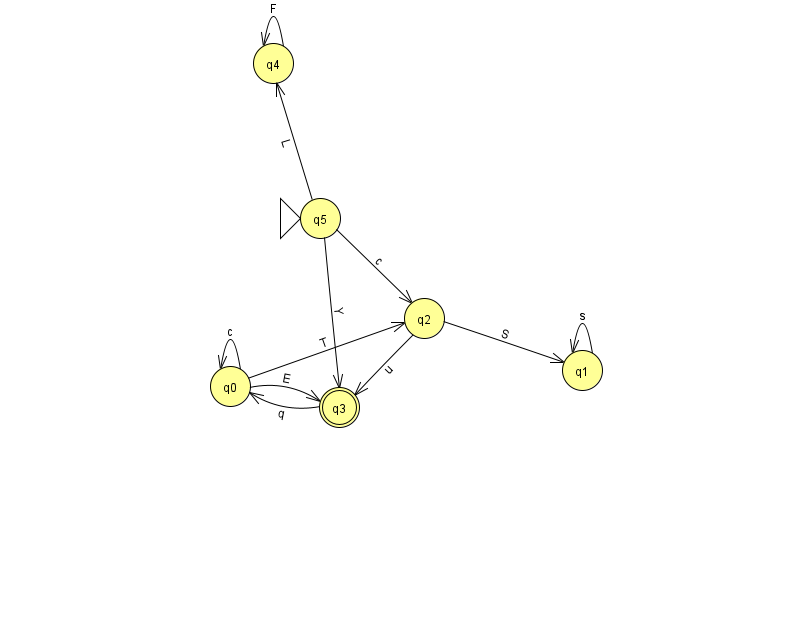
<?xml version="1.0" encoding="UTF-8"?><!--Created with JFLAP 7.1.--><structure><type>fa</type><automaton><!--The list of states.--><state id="0" name="q0"><x>230.0</x><y>373.0</y></state><state id="1" name="q1"><x>582.0</x><y>357.0</y></state><state id="2" name="q2"><x>424.0</x><y>305.0</y></state><state id="3" name="q3"><x>339.0</x><y>394.0</y><final/></state><state id="4" name="q4"><x>273.0</x><y>50.0</y></state><state id="5" name="q5"><x>320.0</x><y>205.0</y><initial/></state><!--The list of transitions.--><transition><from>5</from><to>2</to><read>c</read></transition><transition><from>0</from><to>0</to><read>c</read></transition><transition><from>1</from><to>1</to><read>s</read></transition><transition><from>4</from><to>4</to><read>F</read></transition><transition><from>2</from><to>3</to><read>u</read></transition><transition><from>5</from><to>3</to><read>Y</read></transition><transition><from>5</from><to>4</to><read>L</read></transition><transition><from>2</from><to>1</to><read>S</read></transition><transition><from>3</from><to>0</to><read>q</read></transition><transition><from>0</from><to>2</to><read>T</read></transition><transition><from>0</from><to>3</to><read>E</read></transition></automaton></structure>